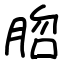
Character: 脗